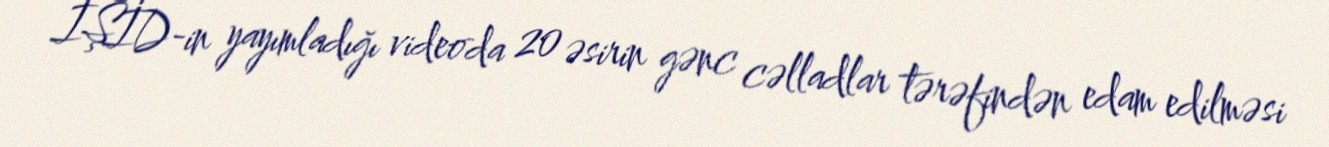
İŞİD-in yayımladığı videoda 20 əsirin gənc cəlladlar tərəfindən edam edilməsi